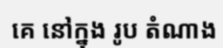
គេ នៅក្នុង រូប តំណាង